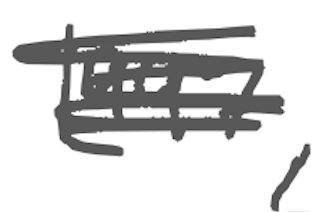
Text: 1997,
Cross-out: scratch
Writing tool: digital_gray